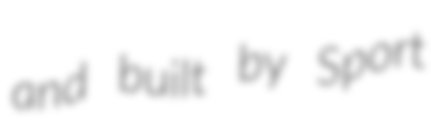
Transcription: and built by Sport